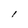
Character: l